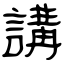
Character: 講